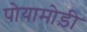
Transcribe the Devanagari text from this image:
पोयामोड़ी